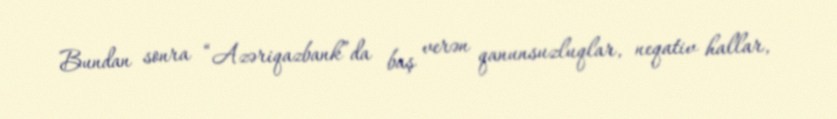
Bundan sonra “Azəriqazbank”da baş verən qanunsuzluqlar, neqativ hallar,